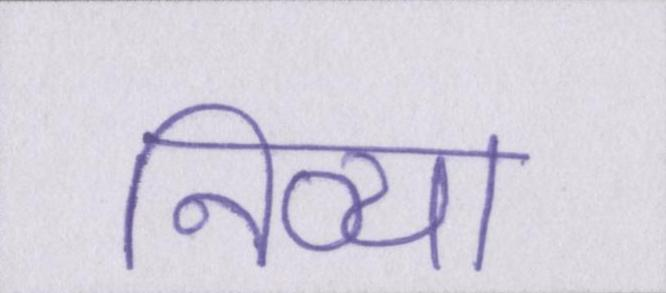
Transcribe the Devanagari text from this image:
निव्या